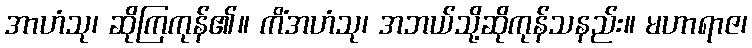
အာဟံသု၊ ဆိုကြကုန်၏။ ကိံအဟံသု၊ အဘယ်သို့ဆိုကုန်သနည်း။ မဟာရာဇ၊